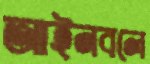
আইনবলে